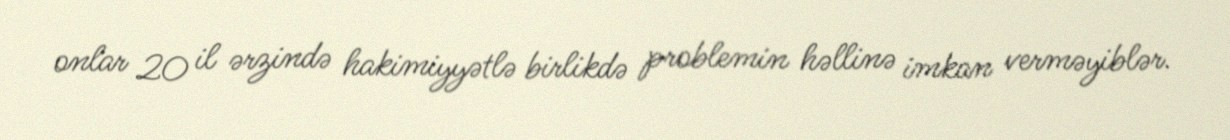
onlar 20 il ərzində hakimiyyətlə birlikdə problemin həllinə imkan verməyiblər.